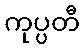
ကုပ္ပတီ